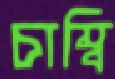
চাম্বি